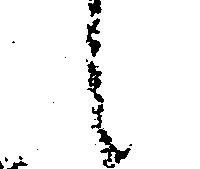
候